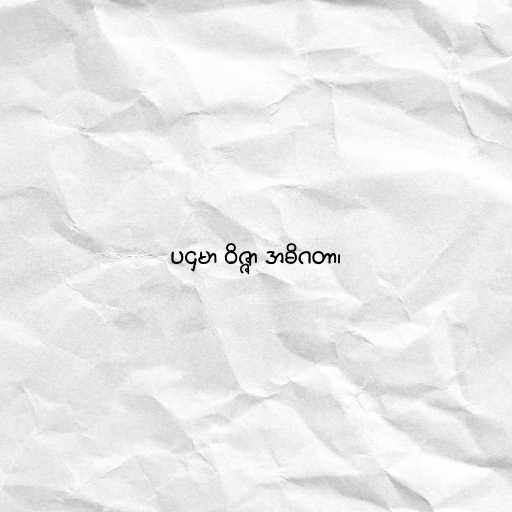
ပဌမာ ဝိဇ္ဇာ အဓိဂတာ၊